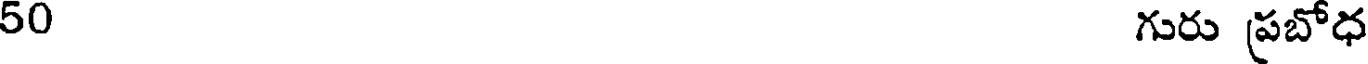
50 గురు ప్రబోధ